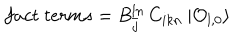
f a c t \; t e r m s = B _ { \bar { j } } ^ { l n } \, C _ { i k n } \: | { \cal O } _ { l , 0 } \rangle \,